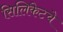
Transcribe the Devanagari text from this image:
सिलिकेटचे